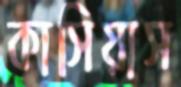
কাসিয়াস